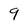
Character: 9